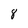
Character: 8